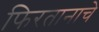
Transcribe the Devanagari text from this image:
फिरतानाचे